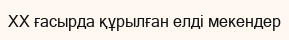
XX ғасырда құрылған елді мекендер